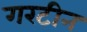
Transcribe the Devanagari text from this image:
गरटीन